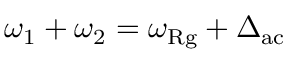
\omega _ { 1 } + \omega _ { 2 } = \omega _ { \mathrm { R g } } + \Delta _ { \mathrm { a c } }